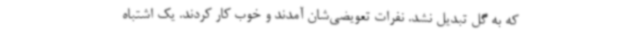
که به گل تبدیل نشد. نفرات تعویضی‌شان آمدند و خوب کار کردند. یک اشتباه